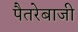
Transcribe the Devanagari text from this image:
पैतरेबाजी